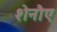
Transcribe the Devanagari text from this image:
शेनौए